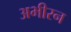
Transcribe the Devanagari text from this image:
अभीरन